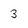
Character: 3